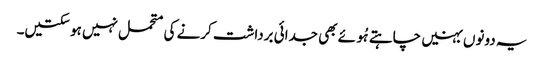
یہ دونوں بہنیں چاہتے ہُوئے بھی جدائی برداشت کرنے کی متحمل نہیں ہو سکتیں۔